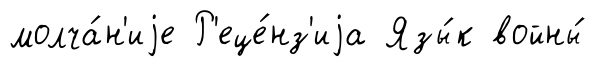
молча́н'иjе Р'еце́нз'иjа Язы́к войны́